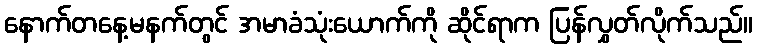
နောက်တနေ့မနက်တွင် အမာခံသုံးယောက်ကို ဆိုင်ရာက ပြန်လွှတ်လိုက်သည်။